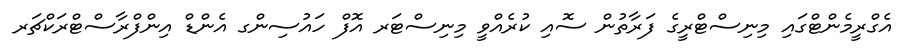
އެގްރީމެންޓްގައި މިނިސްޓްރީގެ ފަރާތުން ސޮއި ކުރެއްވީ މިނިސްޓަރ އޮފް ހައުސިންގ އެންޑް އިންފްރާސްޓްރަކްޗަރ